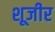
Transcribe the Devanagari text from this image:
शूजीर